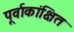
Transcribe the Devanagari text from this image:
पूर्वाकांक्षित